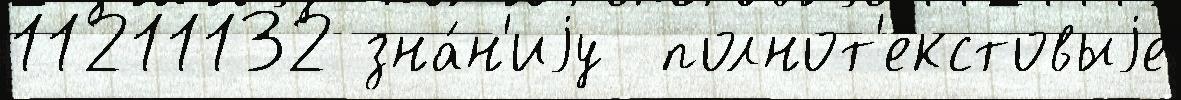
11211132 зна́н'иjу  полнот'екстовыjе